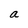
Character: a